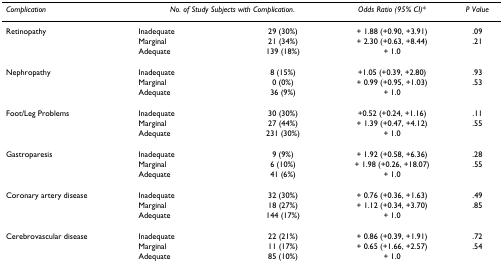
<table><thead><tr><td><b><i>Complication</i></b></td><td colspan="2"><b><i>No. of Study Subjects with Complication</i>.</b></td><td><b><i>Odds Ratio (95% CI)</i>*</b></td><td><b><i>P Value</i></b></td></tr></thead><tbody><tr><td>Retinopathy</td><td>Inadequate</td><td>29 (30%)</td><td>+ 1.88 (+0.90, +3.91)</td><td>.09</td></tr><tr><td></td><td>Marginal</td><td>21 (34%)</td><td>+ 2.30 (+0.63, +8.44)</td><td>.21</td></tr><tr><td></td><td>Adequate</td><td>139 (18%)</td><td>+ 1.0</td><td></td></tr><tr><td>Nephropathy</td><td>Inadequate</td><td>8 (15%)</td><td>+1.05 (+0.39, +2.80)</td><td>.93</td></tr><tr><td></td><td>Marginal</td><td>0 (0%)</td><td>+ 0.99 (+0.95, +1.03)</td><td>.53</td></tr><tr><td></td><td>Adequate</td><td>36 (9%)</td><td>+ 1.0</td><td></td></tr><tr><td>Foot/Leg Problems</td><td>Inadequate</td><td>30 (30%)</td><td>+0.52 (+0.24, +1.16)</td><td>.11</td></tr><tr><td></td><td>Marginal</td><td>27 (44%)</td><td>+ 1.39 (+0.47, +4.12)</td><td>.55</td></tr><tr><td></td><td>Adequate</td><td>231 (30%)</td><td>+ 1.0</td><td></td></tr><tr><td>Gastroparesis</td><td>Inadequate</td><td>9 (9%)</td><td>+ 1.92 (+0.58, +6.36)</td><td>.28</td></tr><tr><td></td><td>Marginal</td><td>6 (10%)</td><td>+ 1.98 (+0.26, +18.07)</td><td>.55</td></tr><tr><td></td><td>Adequate</td><td>41 (6%)</td><td>+ 1.0</td><td></td></tr><tr><td>Coronary artery disease</td><td>Inadequate</td><td>32 (30%)</td><td>+ 0.76 (+0.36, +1.63)</td><td>.49</td></tr><tr><td></td><td>Marginal</td><td>18 (27%)</td><td>+ 1.12 (+0.34, +3.70)</td><td>.85</td></tr><tr><td></td><td>Adequate</td><td>144 (17%)</td><td>+ 1.0</td><td></td></tr><tr><td>Cerebrovascular disease</td><td>Inadequate</td><td>22 (21%)</td><td>+ 0.86 (+0.39, +1.91)</td><td>.72</td></tr><tr><td></td><td>Marginal</td><td>11 (17%)</td><td>+ 0.65 (+1.66, +2.57)</td><td>.54</td></tr><tr><td></td><td>Adequate</td><td>85 (10%)</td><td>+ 1.0</td><td></td></tr></tbody></table>